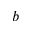
b